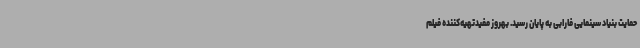
حمایت بنیاد سینمایی فارابی به پایان رسید. بهروز مفیدتهیه‌کننده فیلم